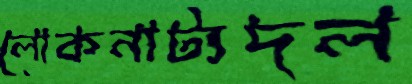
লোকনাট্যদল